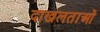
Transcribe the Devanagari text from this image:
दाखलताओं